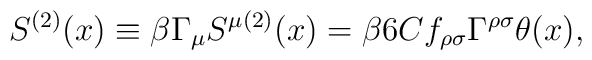
S^{(2)}(x)\equiv \beta \Gamma_{\mu}S^{\mu(2)}(x)=\beta6Cf_{\rho\sigma}\Gamma^{\rho\sigma}\theta(x),